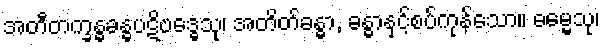
အတီတက္ခန္ဓခန္ဓပဋိဗဒ္ဓေသု၊ အတိတ်ခန္ဓာ, ခန္ဓာနှင့်စပ်ကုန်သော။ ဓမ္မေသု၊